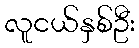
လူငယ်နှစ်ဦး